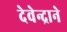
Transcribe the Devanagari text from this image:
देवेन्द्राने